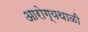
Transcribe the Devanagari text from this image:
आरोग्यथाळी